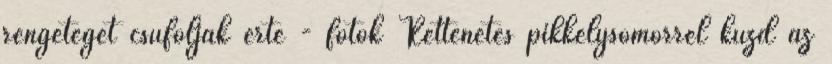
rengeteget csúfolják érte - fotók Rettenetes pikkelysömörrel küzd az